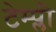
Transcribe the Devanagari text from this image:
टेम्प्ली